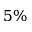
5 \%